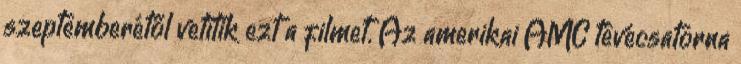
szeptemberétől vetítik ezt a filmet. Az amerikai AMC tévécsatorna